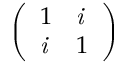
\left( \begin{array} { l l } { 1 } & { \it { i } } \\ { \it { i } } & { 1 } \end{array} \right)